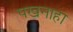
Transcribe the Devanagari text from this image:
पखनाहा